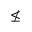
\nleq